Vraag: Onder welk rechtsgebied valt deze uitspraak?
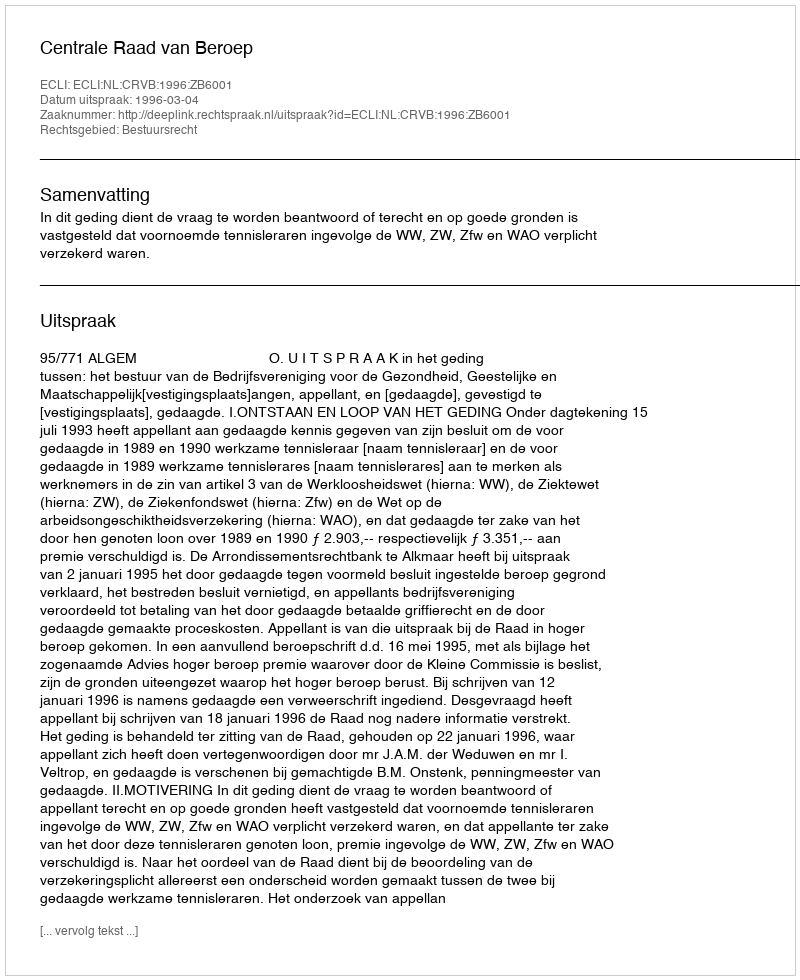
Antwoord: Bestuursrecht